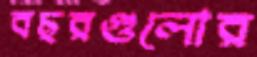
বছরগুলোর